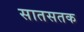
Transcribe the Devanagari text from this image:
सातसतक